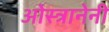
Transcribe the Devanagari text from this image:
ओस्त्रानेनी